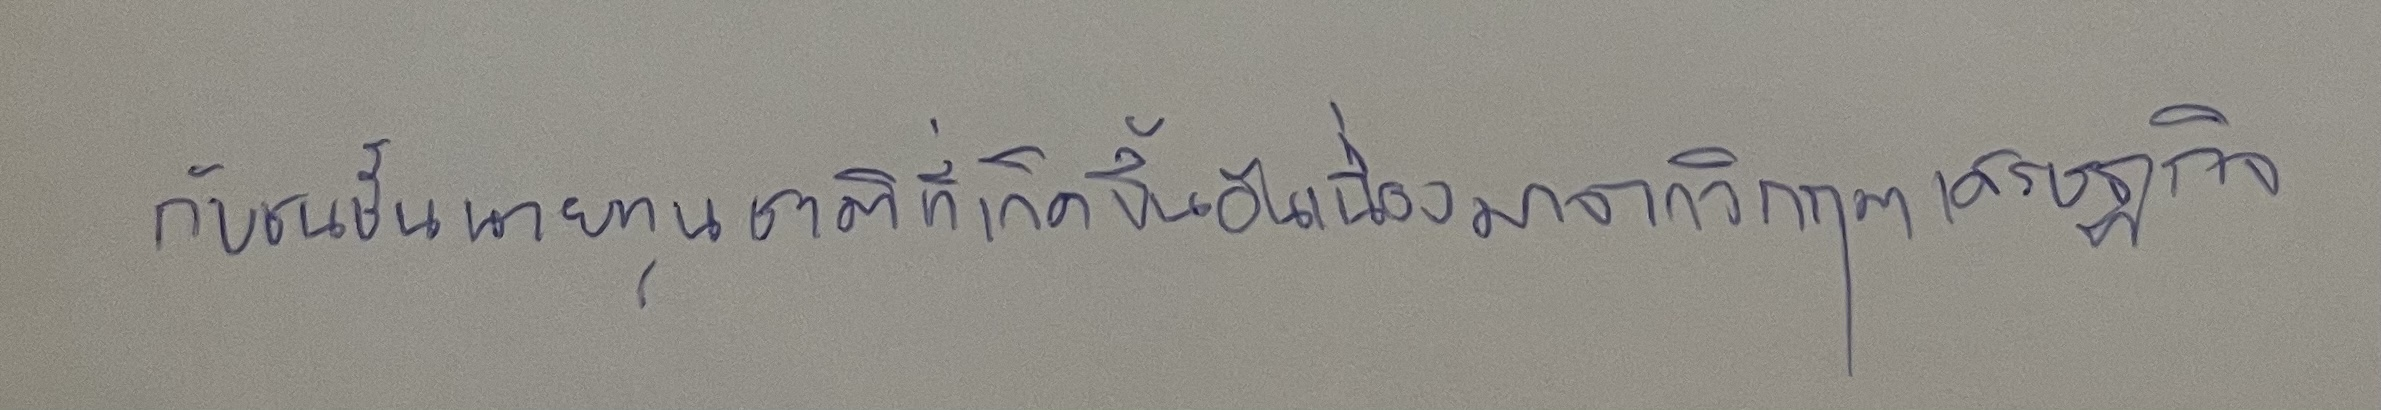
กับชนชั้นนายทุนชาติที่เกิดขึ้นอันเนื่องมาจากวิกฤตเศรษฐกิจ